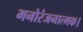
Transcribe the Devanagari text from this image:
मनोरंजनात्मक।